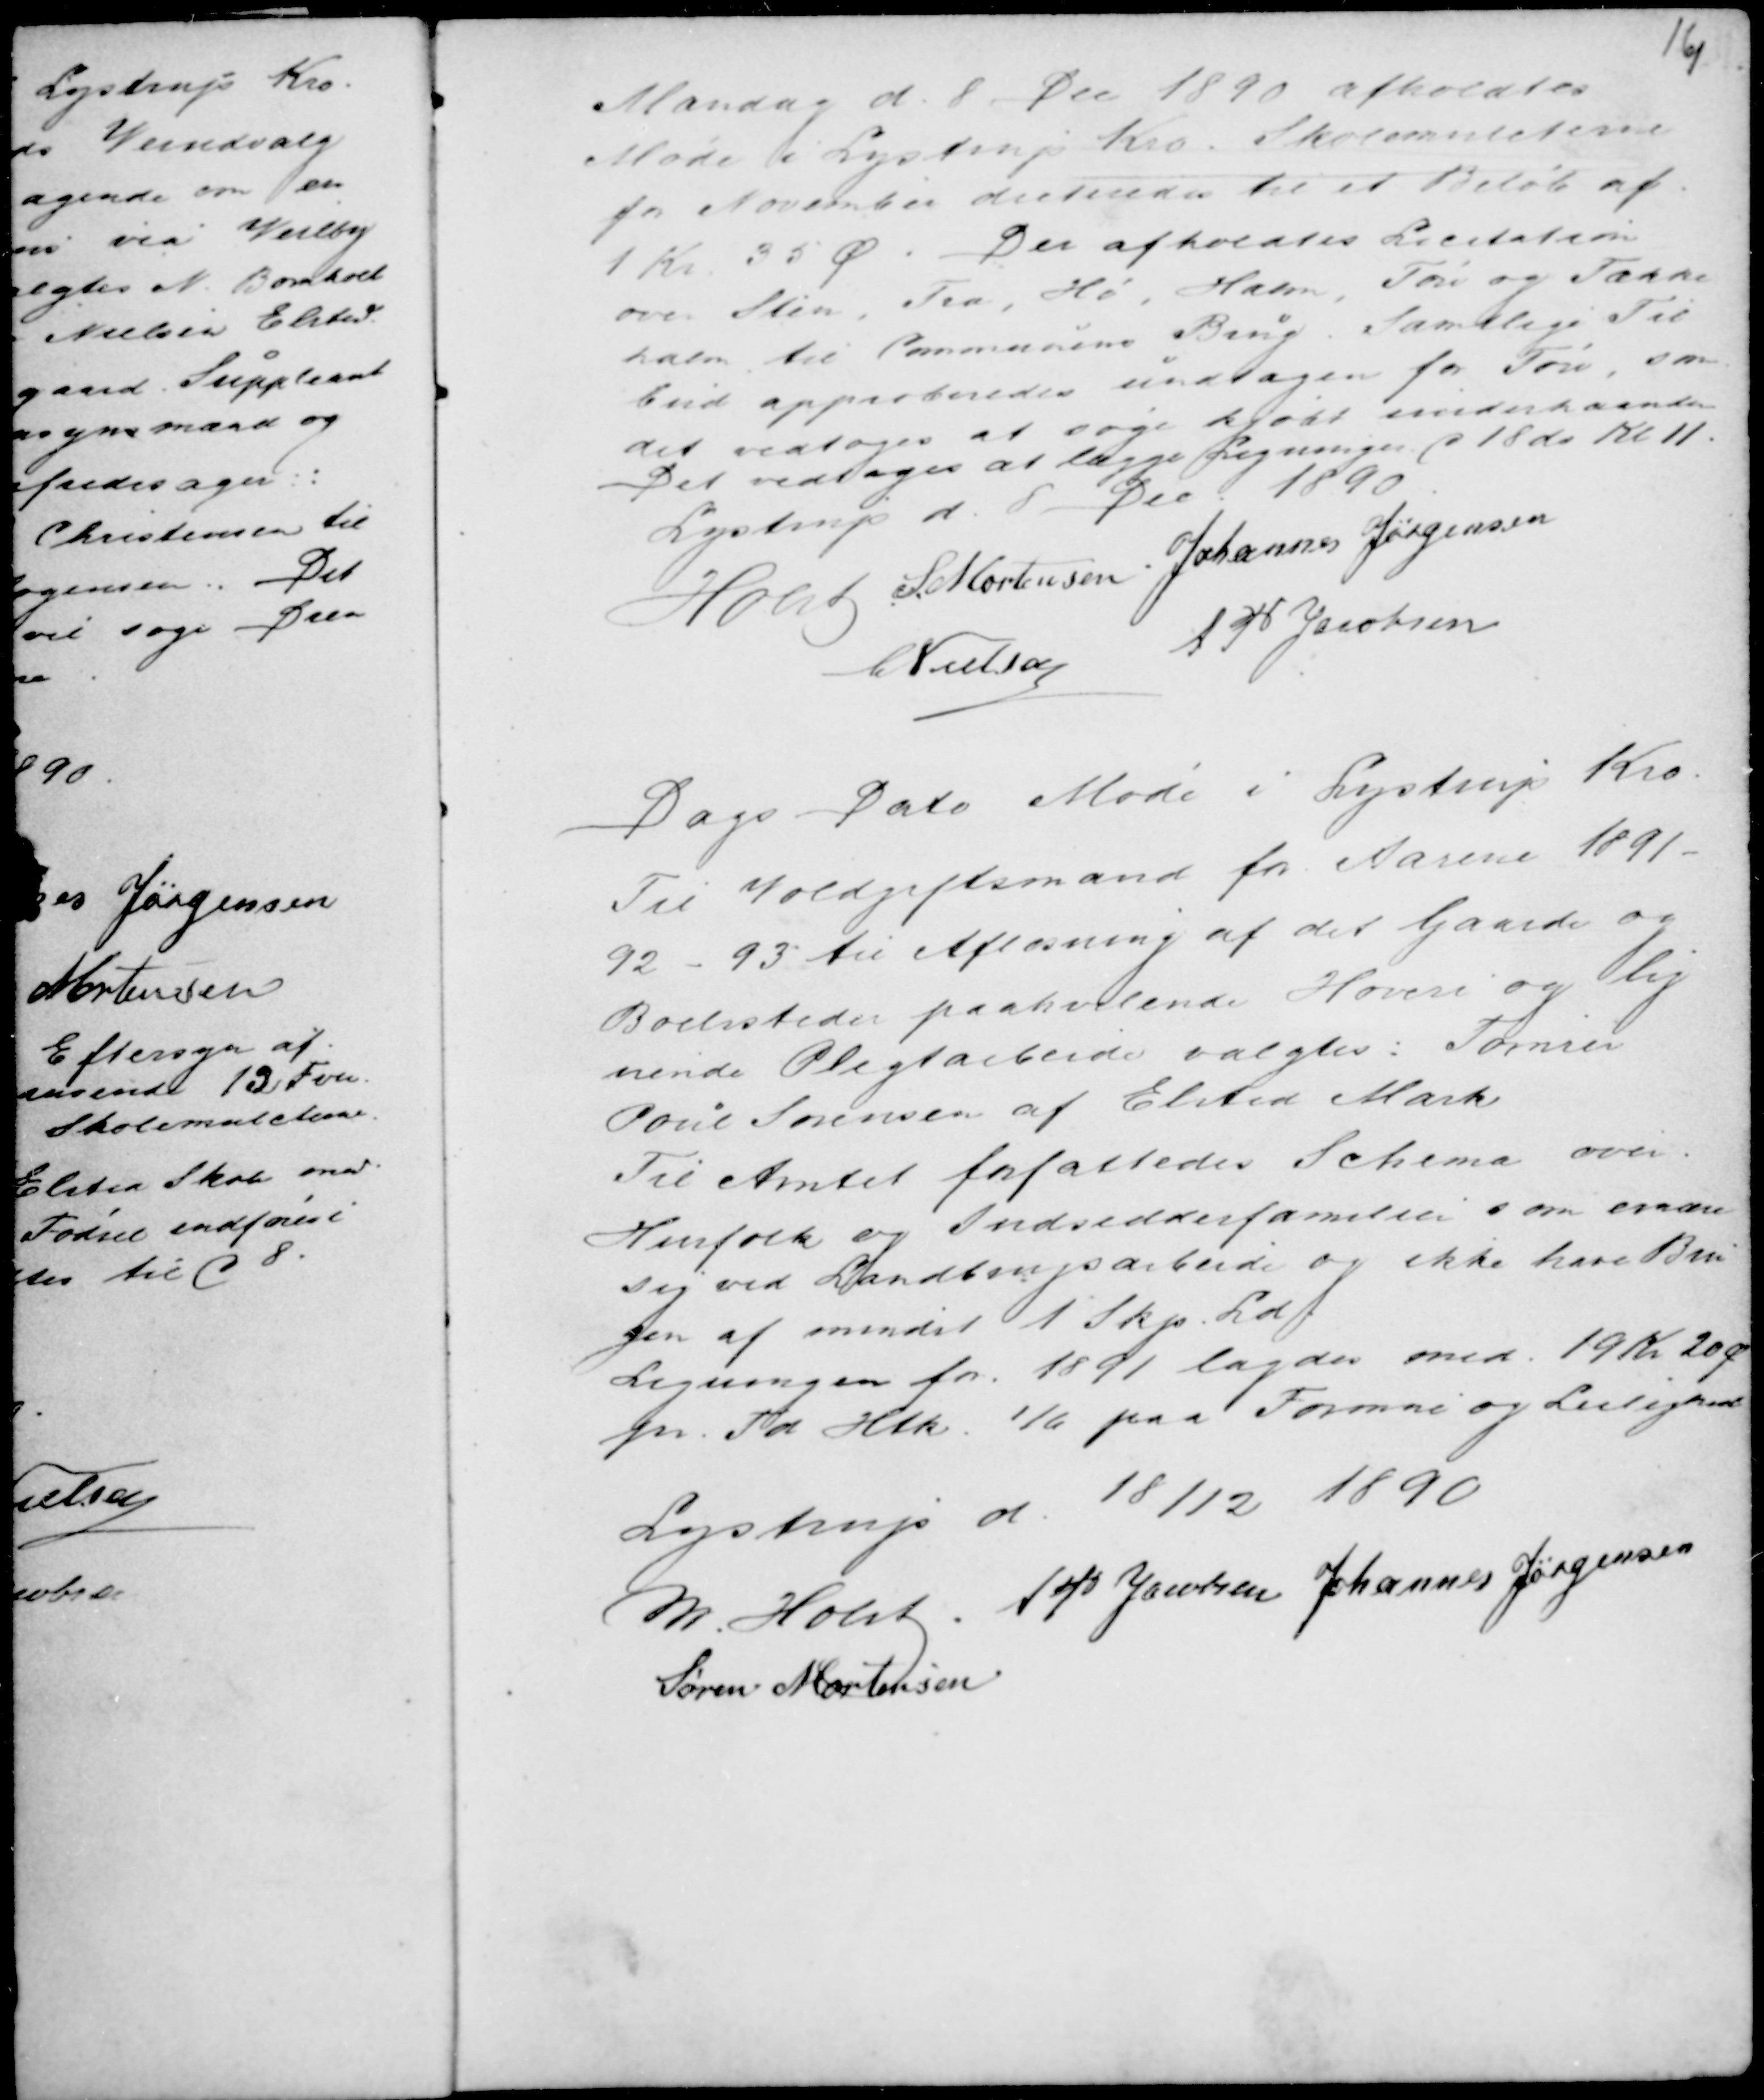
Transskription:
Mandag d. 8 Dec 1890 afholdtes
Møde i Lystrup Kro. Skolemulcterne
for November dicteredes til et Beløb af
1 Kr. 35 Ø. Der afholdtes Licitation
over Sten, Træ, Hø, Halm, Tørv og Tække
halm til Communens Brug. Samtlige Til
bud approberedes undtagen for Tørv, som
det vedtoges at søge kjøbt underhaanden
Det vedtoges at lægge Ligningen d 18 ds Kl 11.
Lystrup d. 8 Dec 1890
Holst S. Mortensen Johannes Jørgensen
C Nielsen AP Jacobsen

Dags Dato Møde i Lystrup Kro.
Til Voldgiftsmand for Aarene 1891 -
92 - 93 til Afløsning af det Gaarde og
Boelssteder paahvilende Hoveri og lig
nende Pligtarbejde valgtes : Tømrer
Poul Sørensen af Elsted Mark
Til Amtet forfattedes Schema over
Husfolk og Indsidderfamilier som ernære
sig ved Landbrugsarbeide og ikke have Bru
gen af mindst 1 Skp. Ld.
Ligningen for 1891 lagdes med 19 Kr 20 Ø
pr. Td Htk. 1/6 paa Formue og Leilighed

Lystrup d. 18/12 1890
M Holst . AP Jacobsen Johannes Jørgensen
Søren Mortensen